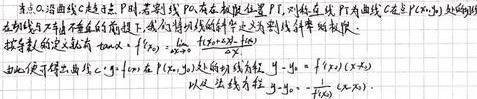
设点 $P_0$ 沿曲线 $C$ 趋近于 $P$，若割线 $P_0P$ 存在极限位置 $PT$，则称直线 $PT$ 为曲线 $C$ 在点 $P(x_0,y_0)$ 处的切线.
在切线与 $x$ 轴不垂直的前提下，我们将切线的斜率定义为割线斜率的极限.
按导数的定义就有：切线 $k = f'(x_0)=\lim\limits_{\Delta x\rightarrow0}\frac{f(x_0+\Delta x)-f(x_0)}{\Delta x}$.
由此便得曲线 $y = f(x)$ 在 $(x_0,y_0)$ 处的切线方程：$y - y_0 = f'(x_0)(x - x_0)$.
从而法线方程：$y - y_0 = -\frac{1}{f'(x_0)}(x - x_0)$.